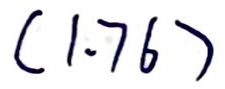
$(1.76)$